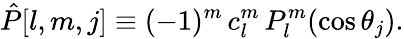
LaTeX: \hat{P}[l,m,j]\equiv(-1)^{m}\, c_{l}^{m}\, P_{l}^{m}(\cos\theta_{j}).